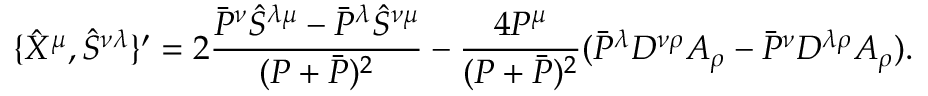
\{ \hat { X } ^ { \mu } , \hat { S } ^ { \nu \lambda } \} ^ { \prime } = 2 \frac { \bar { P } ^ { \nu } \hat { S } ^ { \lambda \mu } - \bar { P } ^ { \lambda } \hat { S } ^ { \nu \mu } } { ( P + \bar { P } ) ^ { 2 } } - \frac { 4 P ^ { \mu } } { ( P + \bar { P } ) ^ { 2 } } ( \bar { P } ^ { \lambda } D ^ { \nu \rho } A _ { \rho } - \bar { P } ^ { \nu } D ^ { \lambda \rho } A _ { \rho } ) . \nonumber \,